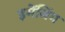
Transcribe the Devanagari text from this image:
इमेंजिंग